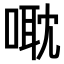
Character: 𠹆